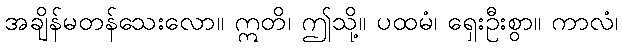
အချိန်မတန်သေးလော။ ဣတိ၊ ဤသို့။ ပထမံ၊ ရှေးဦးစွာ။ ကာလံ၊